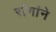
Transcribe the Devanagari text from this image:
रांगांने